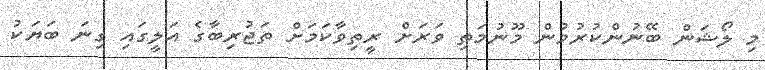
މި ލޯޝަން ބޭނުންކުރުމުން މޫނުމަތި ވަރަށް ރީތިވާކަމަށް ތަޖުރިބާގެ އަލީގައި ގިނަ ބަޔަކު